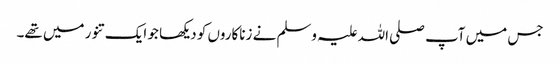
جس میں آپ صلی اللہ علیہ وسلم نے زناکاروں کو دیکھا جو ایک تنور میں تھے۔